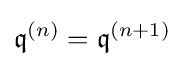
{\mathfrak {q}}^{(n)}={\mathfrak {q}}^{(n+1)}